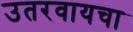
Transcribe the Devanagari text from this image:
उतरवायचा